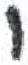
אות: ו